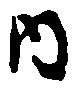
内